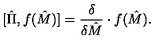
[ \hat { \Pi } , f ( \hat { M } ) ] = { \frac { \delta } { \delta \hat { M } } } \cdot f ( \hat { M } ) .